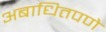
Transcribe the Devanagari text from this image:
अबाधितपणे